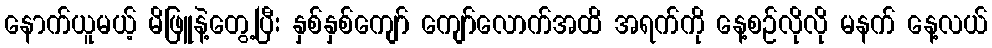
နောက်ယူမယ့် မိဖြူနဲ့တွေ့ပြီး နှစ်နှစ်ကျော် ကျော်လောက်အထိ အရက်ကို နေ့စဉ်လိုလို မနက် နေ့လယ်